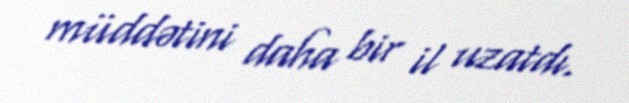
müddətini daha bir il uzatdı.